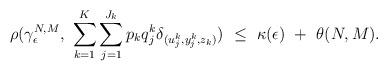
LaTeX: \begin{align*}\rho(\gamma_{\epsilon}^{N,M },\ \sum^{K}_{k=1}\sum_{j=1}^{J_k}p_kq_j^{k}\delta_{(u_j^{k},y_j^{k},z_k)} )\ \leq \ \kappa(\epsilon) \ + \ \theta(N,M).\end{align*}